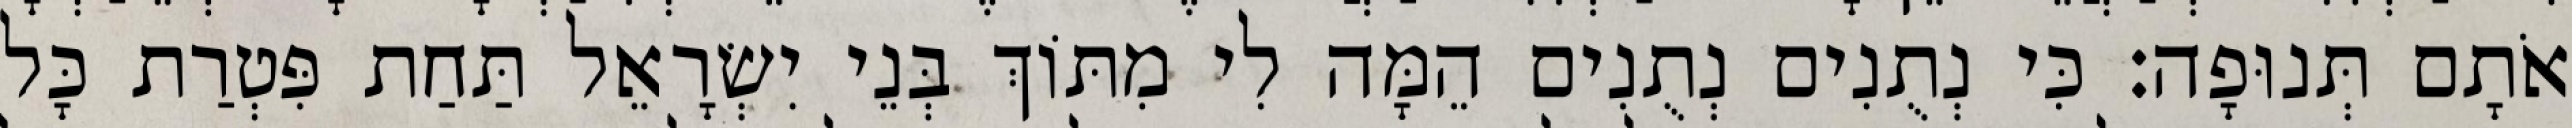
אֹתָם תְּנוּפָה׃ כִּי נְתֻנִים נְתֻנִים הֵמָּה לִי מִתּוֹךְ בְּנֵי יִשְׂרָאֵל תַּחַת פִּטְרַת כָּל